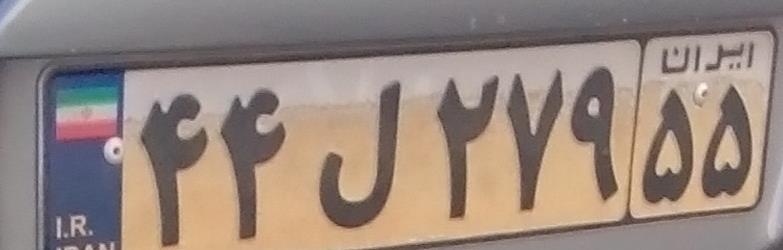
۴۴ل۲۷۹۵۵